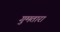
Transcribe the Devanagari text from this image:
गुमतारा